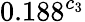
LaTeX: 0.188^{c_{3}}